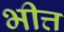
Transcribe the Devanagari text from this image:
भीत्त